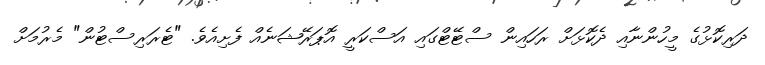
ދަރިކޮޅުގެ މީހުންނާއި ދެކޮޅަށް ރަހައިން ސްޓޭޓްގައި އަސްކަރީ އޮޕަރޭޝަނެއް ފެށިއެވެ. "ޓެރަރިސްޓުން" މެރުމަށް